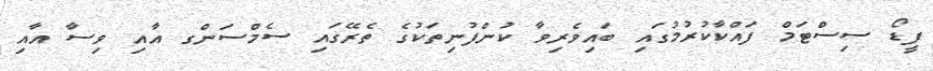
ފީޑޯ ސިސްޓަމް ފައްކާކުރުމުގައި ބައިވެރިވާ ކުންފުނިތަކުގެ ތެރޭގައި ސެމްސަންގ އާއި ވިސާ އާއި